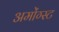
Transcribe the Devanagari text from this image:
अमोंग्स्ट